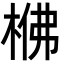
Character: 梻